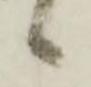
候